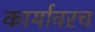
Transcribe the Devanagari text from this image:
कार्यावरच